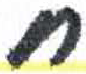
אות: ח